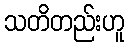
သတိတည်းဟူ